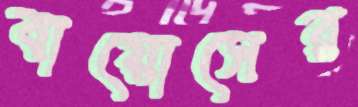
বায়োসের